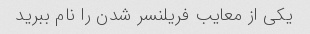
یکی از معایب فریلنسر شدن را نام ببرید